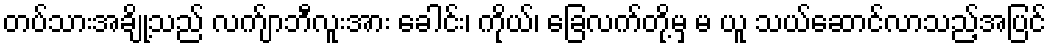
တပ်သားအချို့သည် လက်ျာဘီလူးအား ခေါင်း၊ ကိုယ်၊ ခြေလက်တို့မှ မ ယူ သယ်ဆောင်လာသည့်အပြင်